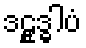
ဒဠှုဒ္ဓါပံ